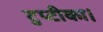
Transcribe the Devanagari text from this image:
टुप्टीका।